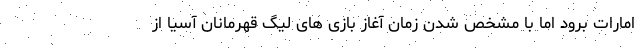
امارات برود اما با مشخص شدن زمان آغاز بازی های لیگ قهرمانان آسیا از